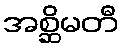
အစ္ဆိမတီ